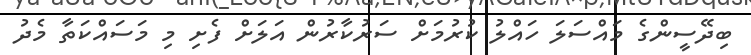
ބިދޭސީންގެ މައްސަލަ ހައްލު ކުރުމަށް ސަރުކާރުން އަލަށް ފެށި މި މަސައްކަތާ މެދު